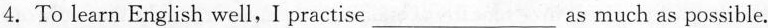
4.To learn English well,I practise___as much as possible.